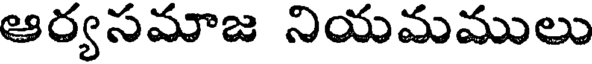
ఆర్యసమాజ నియమములు